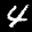
Label: 4